Report on plague and inoculation in the Punjab from October 1st ... to September 30th..., being the ... season of plague in the province
Disease focus: Plague
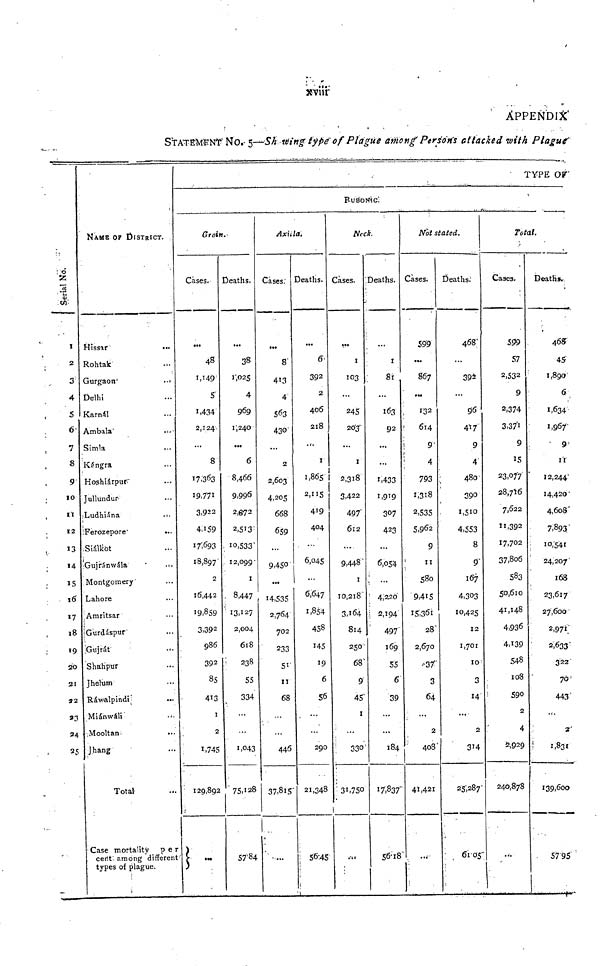
xviii
APPENDIX
No.
Serial
1
2
3
4
5
6'
7
8
9
I0
11
12
13
14
15
17
18
19
20
21
«2
23
24
NAME OF DISTRICT.
Hissar
Rohtak
Gurgaon
•••
Delhi
Karnal
Ambala
••••
Simla
Kangra
Hoshiárpur
Jullundur
Ludhiána
•••
Ferozepore"
•••
Siálkot
Gujránwála
Montgomery-
Lahore
Amritsar
Gurdáspur
Güjrát
Shahpur
Jhelum
Rawalpindi;
Miánwáli'
•'•
Mooltan
Jhang
Total
Case mortality
per
cent among different
types of plague.
Groin.-
Cases.
48
1,149
5'
1,434
2,124
...
8
17,363
19,771
3,922
4,159
171693
18,897
2
16,442
19,859
3,392
986
392
85
413
1
2
1,745
129,892
S -
Deaths.
38
1-025
4
969
1,240
...
6
8,466
9,996
2,872
2,513
10,533
12,099
1
. 8,447
13,127
2,004
618
' •
238
55
334
1,043
75,128
57-84
Axiila.
Cases:
••«
8
413
4'
563
430
2
2,603
4,205
668
659
...
9,450
...
14,535
2,764
702
233
51
11
68
446
37,815
Deaths.
6-
392
2
406
218
1
1
1,865
2,115
419
404
6,045
...
6,647
1,854
458
145
19
6
56
...
290
21,348
! 56:45
_
BUBONIC:
Neck.
Cases.
1
103
...
245
203'
1
2,318
3,422
497'
612
...
9,448"
1
10,218'
3,164
814
250'
68'
9
45"
1
'
330'
i
' 31,750
1
•••
Deaths.
I
8i
...
163
92
...
1,433
1,919
307
423
...
6,054
4,220
! 2,194
497
169
55
6
39
184
17,837'
1
56-18
.. r
Not stated.
Cases.
599
...
867
132
614
1
9
!
4
793
1,318
2,535
5,962
9
11
580
9,415
15,361
28
2,670
"37'
3
64
2
408'
41,421
Deaths;
468'
...
392
...
96
417
9
4
480'
390
1,510
4,553
8
9
167
4,303
10,425
12
1,701
10
3
14
...
2
314
25,287
61 05
]
TYPE OF"
Total.
Cases.
599
57
2,532
9
2,374
3.37 1
9
15
23,077
28.7Î6
7,622
11,392
17,702
37,8o6
583
50,610
41,148
4,936
4,139
548
108
590
2
4
2,929
240,878
Deaths..
468
45
1,890
6
1,634
1,967-
9
1I
12,244
14,420
4,608
7,893
10,541
24,207'
168
23,617
27,600 '
2,971;
2,633'
322
70 '
443'
...
2'
1,831
139,600
5795
STATEMENT No.- 5—Showing type' of Plague among Persons attacked with Plague